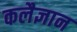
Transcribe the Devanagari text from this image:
कलैज्ञान